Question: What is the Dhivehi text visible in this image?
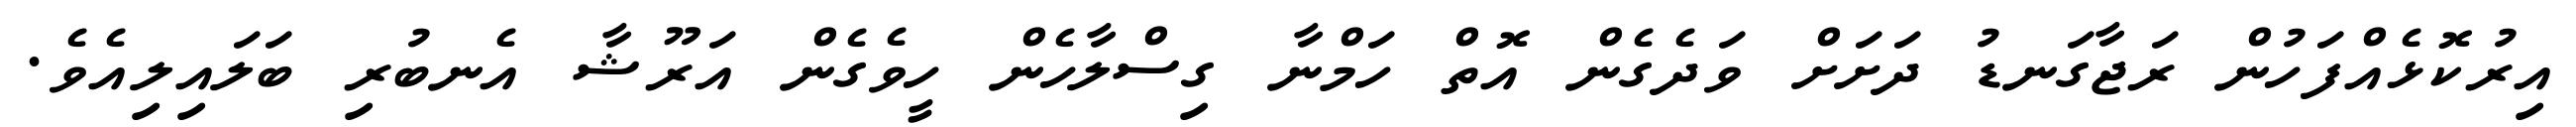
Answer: އިރުކޮޅެއްފަހުން ރަޖާގަނޑު ދަށަށް ވަދެގެން އޮތް ހަމްނާ ގިސްލާހެން ހީވެގެން އަރޫޝާ އެނބުރި ބަލައިލިއެވެ.